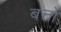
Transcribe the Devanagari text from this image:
बत्तों